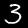
Digit: 3